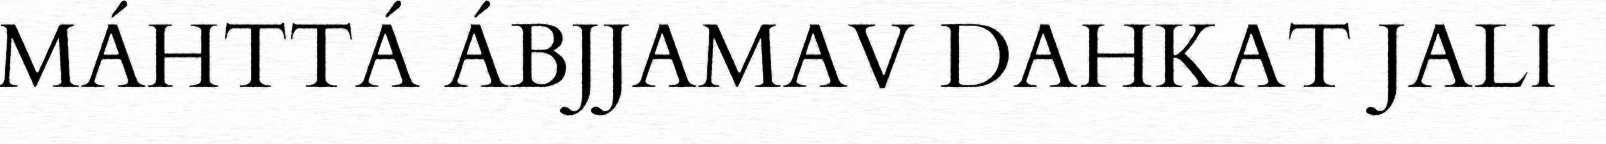
MÁHTTÁ ÁBJJAMAV DAHKAT JALI